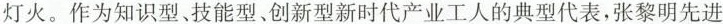
灯火。作为知识型、技能型、创新型新时代产业工人的典型代表，张黎明先进